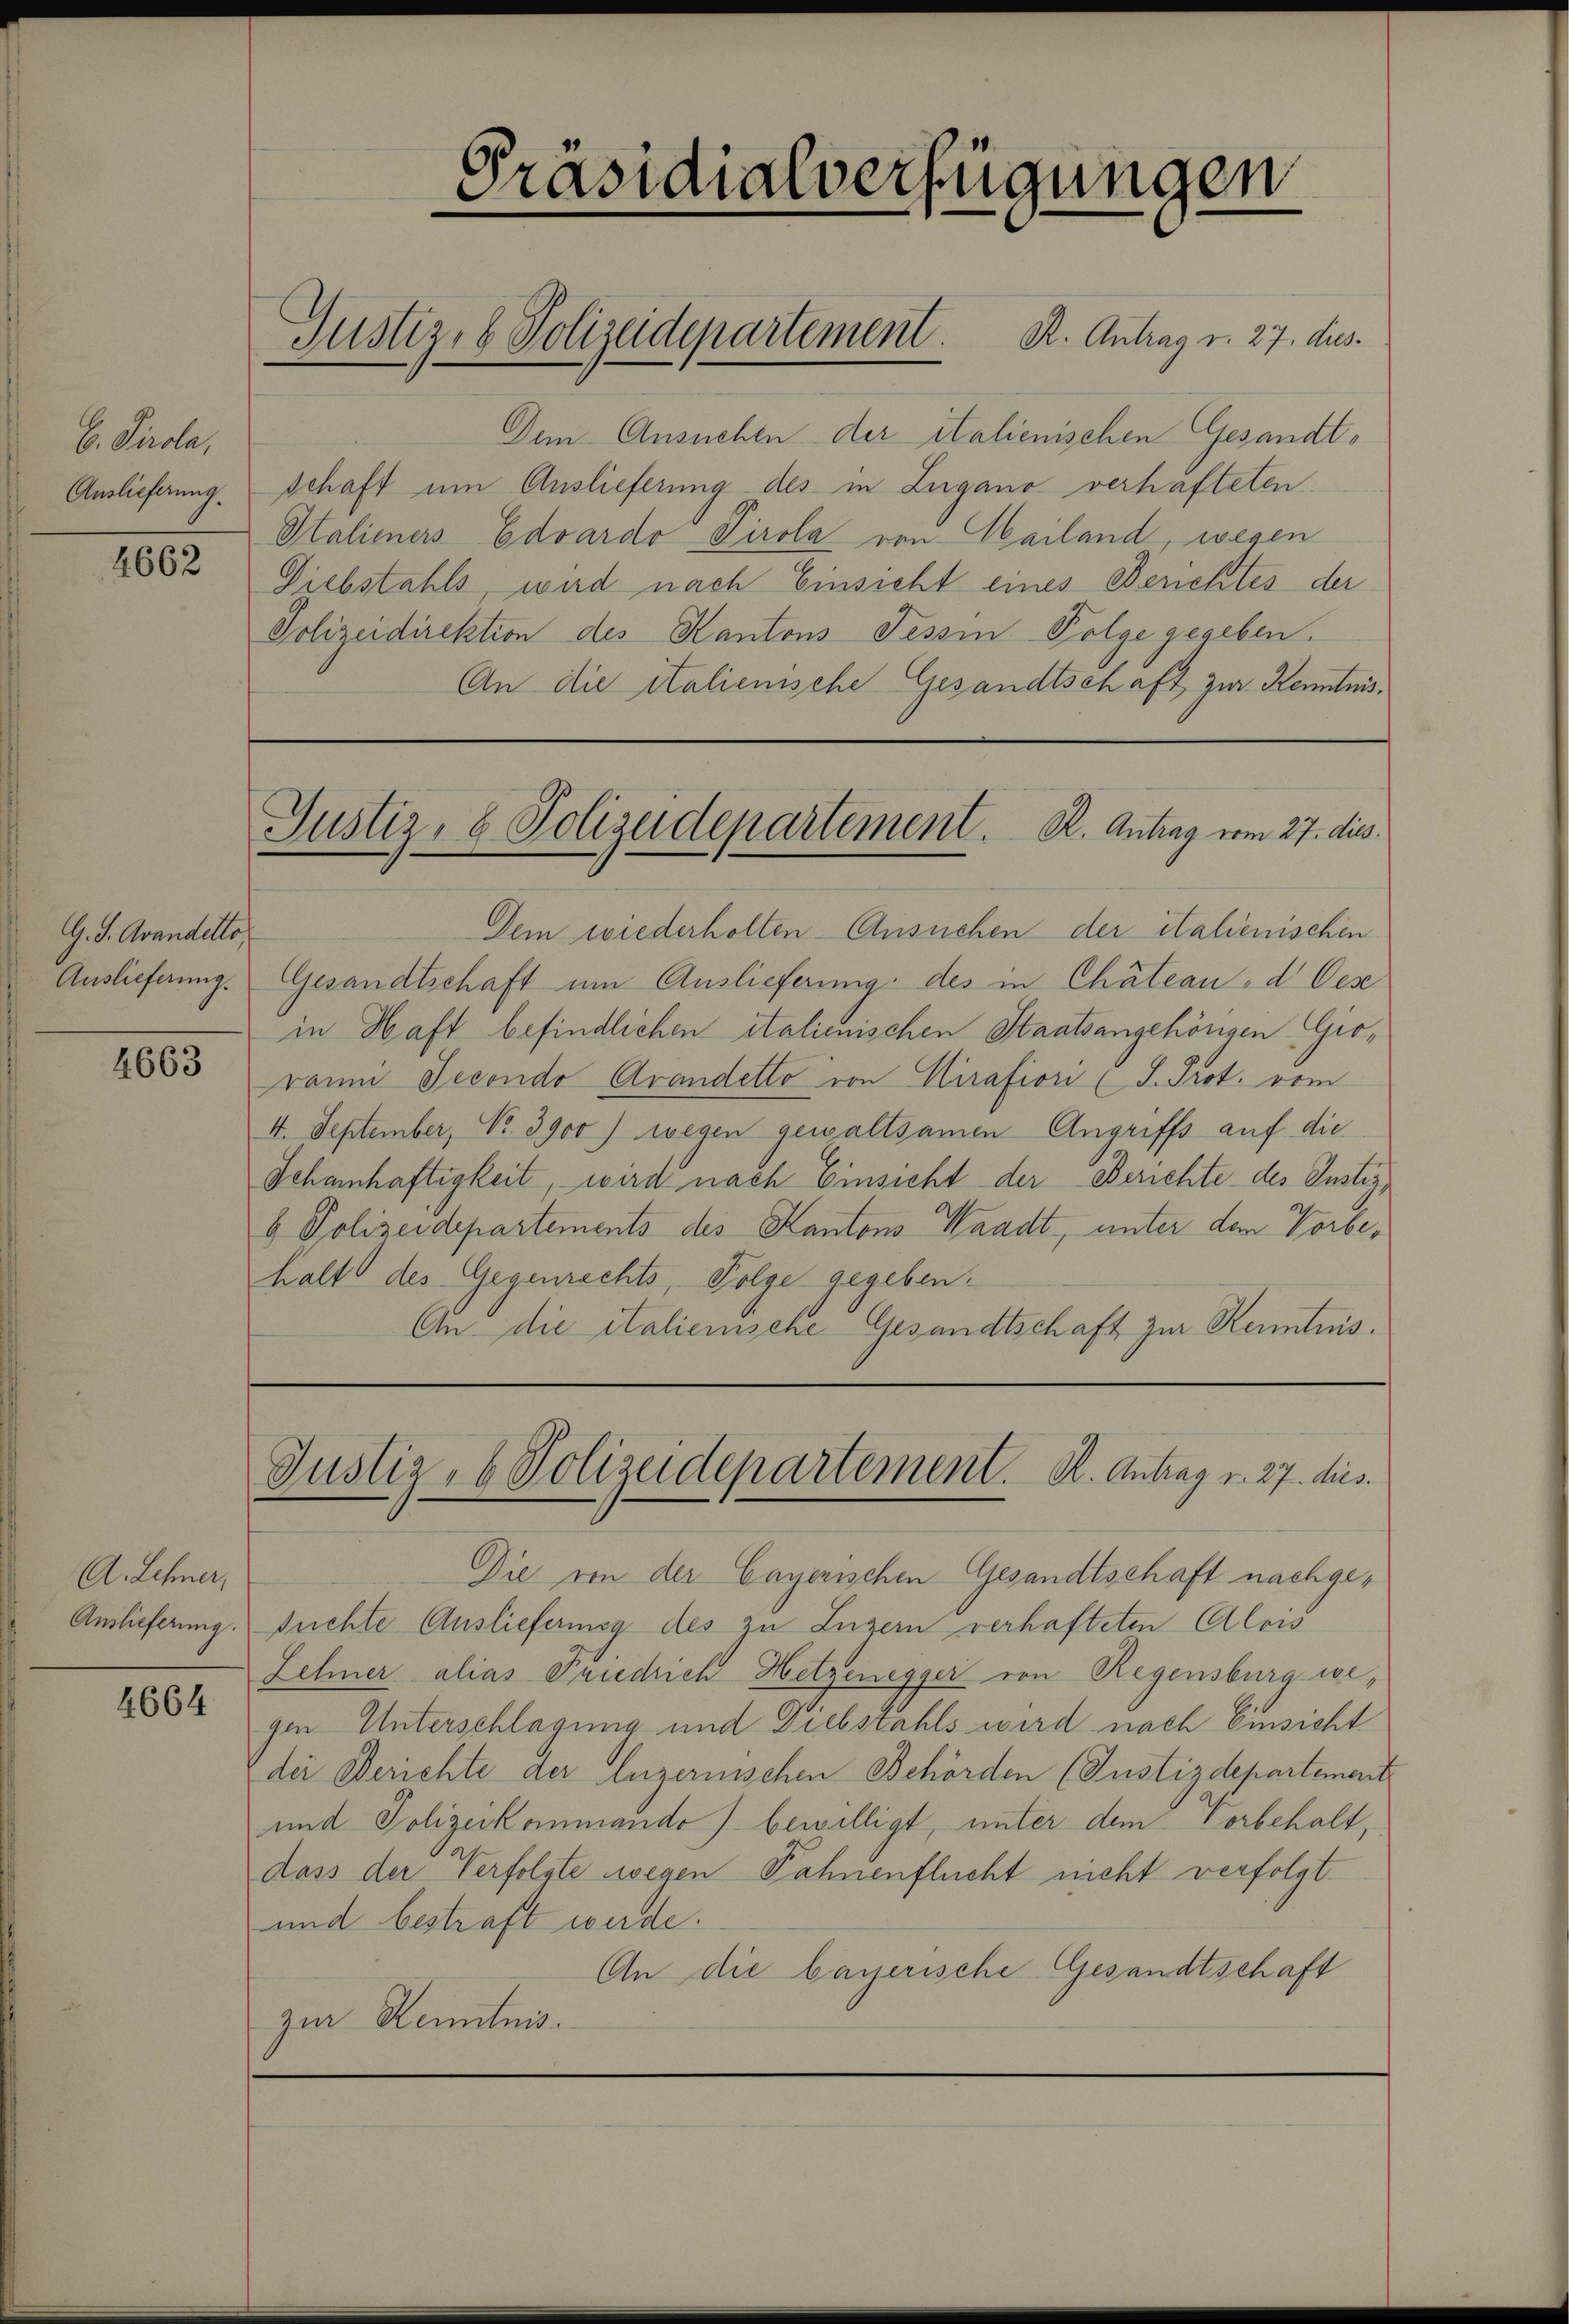
B. Pirola,
Auslieferung

4662

G. J. Avandelto,
Auslieferung.

4663

A. Lehner,
Auslieferung.

4664

Präsidialverfügungen
Justiz- & Polizeidepartement. K. Antrag v. 27. dus.

Dem Ausnehle der italienischen Gesandtschaft um Auslieferung des in Zugano verhafteten
Italieners Eduardo Tirola von Mailand, wegen
Diebstahls, wird nach Einsicht eines Berichtes der
Polizeidirektion des Kantons Tessin Folge gegeben.
An die italienische Gesandtschaft zur Kenntnis¬

Justiz- & Polizeidepartement. K. Antrag vom 27. dies

Dem wiederholten Ansuchen der italienischen
Gesandtschaft um Auslieferung des in Chäteaud Ces
in Haft befindlichen italienischen Staatsangehörigen Groraum Jecondo Arandetto von Girafiori (I. Prot. vom
4. September, No. 3900) wegen gewaltsamen Angriffs auf die
Schanhaftigkeit, wird nach Einsicht der Berichte des Justizb Polizeidepartements des Kantons Waadt, unter den Vorbehalt des Gegenrechts, Folge gegeben.
An die italienische Gesandtschaft zur Kenntnis.

Justiz- & Polizeidepartement. K. Antrag v. 27. dus.

Die von der Cayerischen Gesandtschaft nachgesuchte Auslieferung des zu Luzern verhafteten Alois
Zehner alias Friedrich Hetzenegger von Regensburg wegen Unterschlagung und Diebstahls wird nach Einsicht
der Berichte der luzernischen Behörden (Justizdepartement
und Polizeikommando bewilligt, unter dem Vorbehalt,
dass der Verfolgte wegen Fahnenflucht nicht verfolgt.
und bestraft werde.
An die bayerische Gesandtschaft
zur Kenntnis.